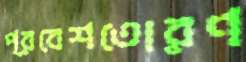
প্রবেশতোরণ